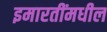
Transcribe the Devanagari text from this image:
इमारतींमधील